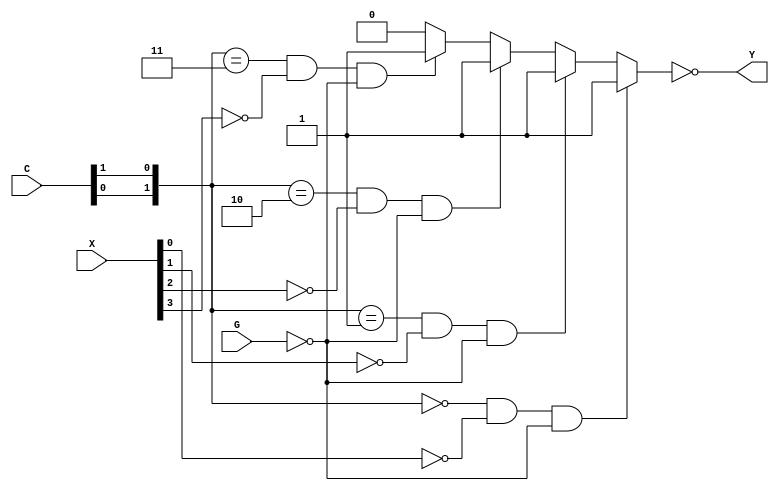
`timescale 1ns / 1ps
//////////////////////////////////////////////////////////////////////////////////
// Company: 
// Engineer: 
// 
// Design Name: 
// Module Name:    mux_b 
// Project Name: 
// Target Devices: 
// Tool versions: 
// Description: 
//
// Dependencies: 
//
// Revision: 
// Revision 0.01 - File Created
// Additional Comments: 
//
//////////////////////////////////////////////////////////////////////////////////
module mux_b(
	 input G,
    input [1:0] C,
    input [3:0] X,
    output Y
    );
	 
	wire [1:0] sel;
	wire x0;
	wire x1;
	wire x2;
	wire x3;
	wire out;

	assign sel = {C[0], C[1]};
	assign x0 = X[0];
	assign x1 = X[1];
	assign x2 = X[2];
	assign x3 = X[3];

	assign Y = ~out;

	assign out =(sel == 2'b00 && x0 == 1'b0 && G == 1'b0) ? 1'b1 :
					(sel == 2'b01 && x1 == 1'b0 && G == 1'b0) ? 1'b1 :
					(sel == 2'b10 && x2 == 1'b0 && G == 1'b0) ? 1'b1 :
					(sel == 2'b11 && x3 == 1'b0 && G == 1'b0) ? 1'b1 :
					1'b0;



endmodule